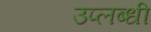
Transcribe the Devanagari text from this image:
उप्लब्धी